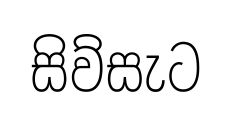
සිව්සැට